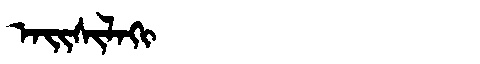
Manchu: ᠠᡳᠰᡳᠯᠠᡴᡳ
Romanization: AISILAKI